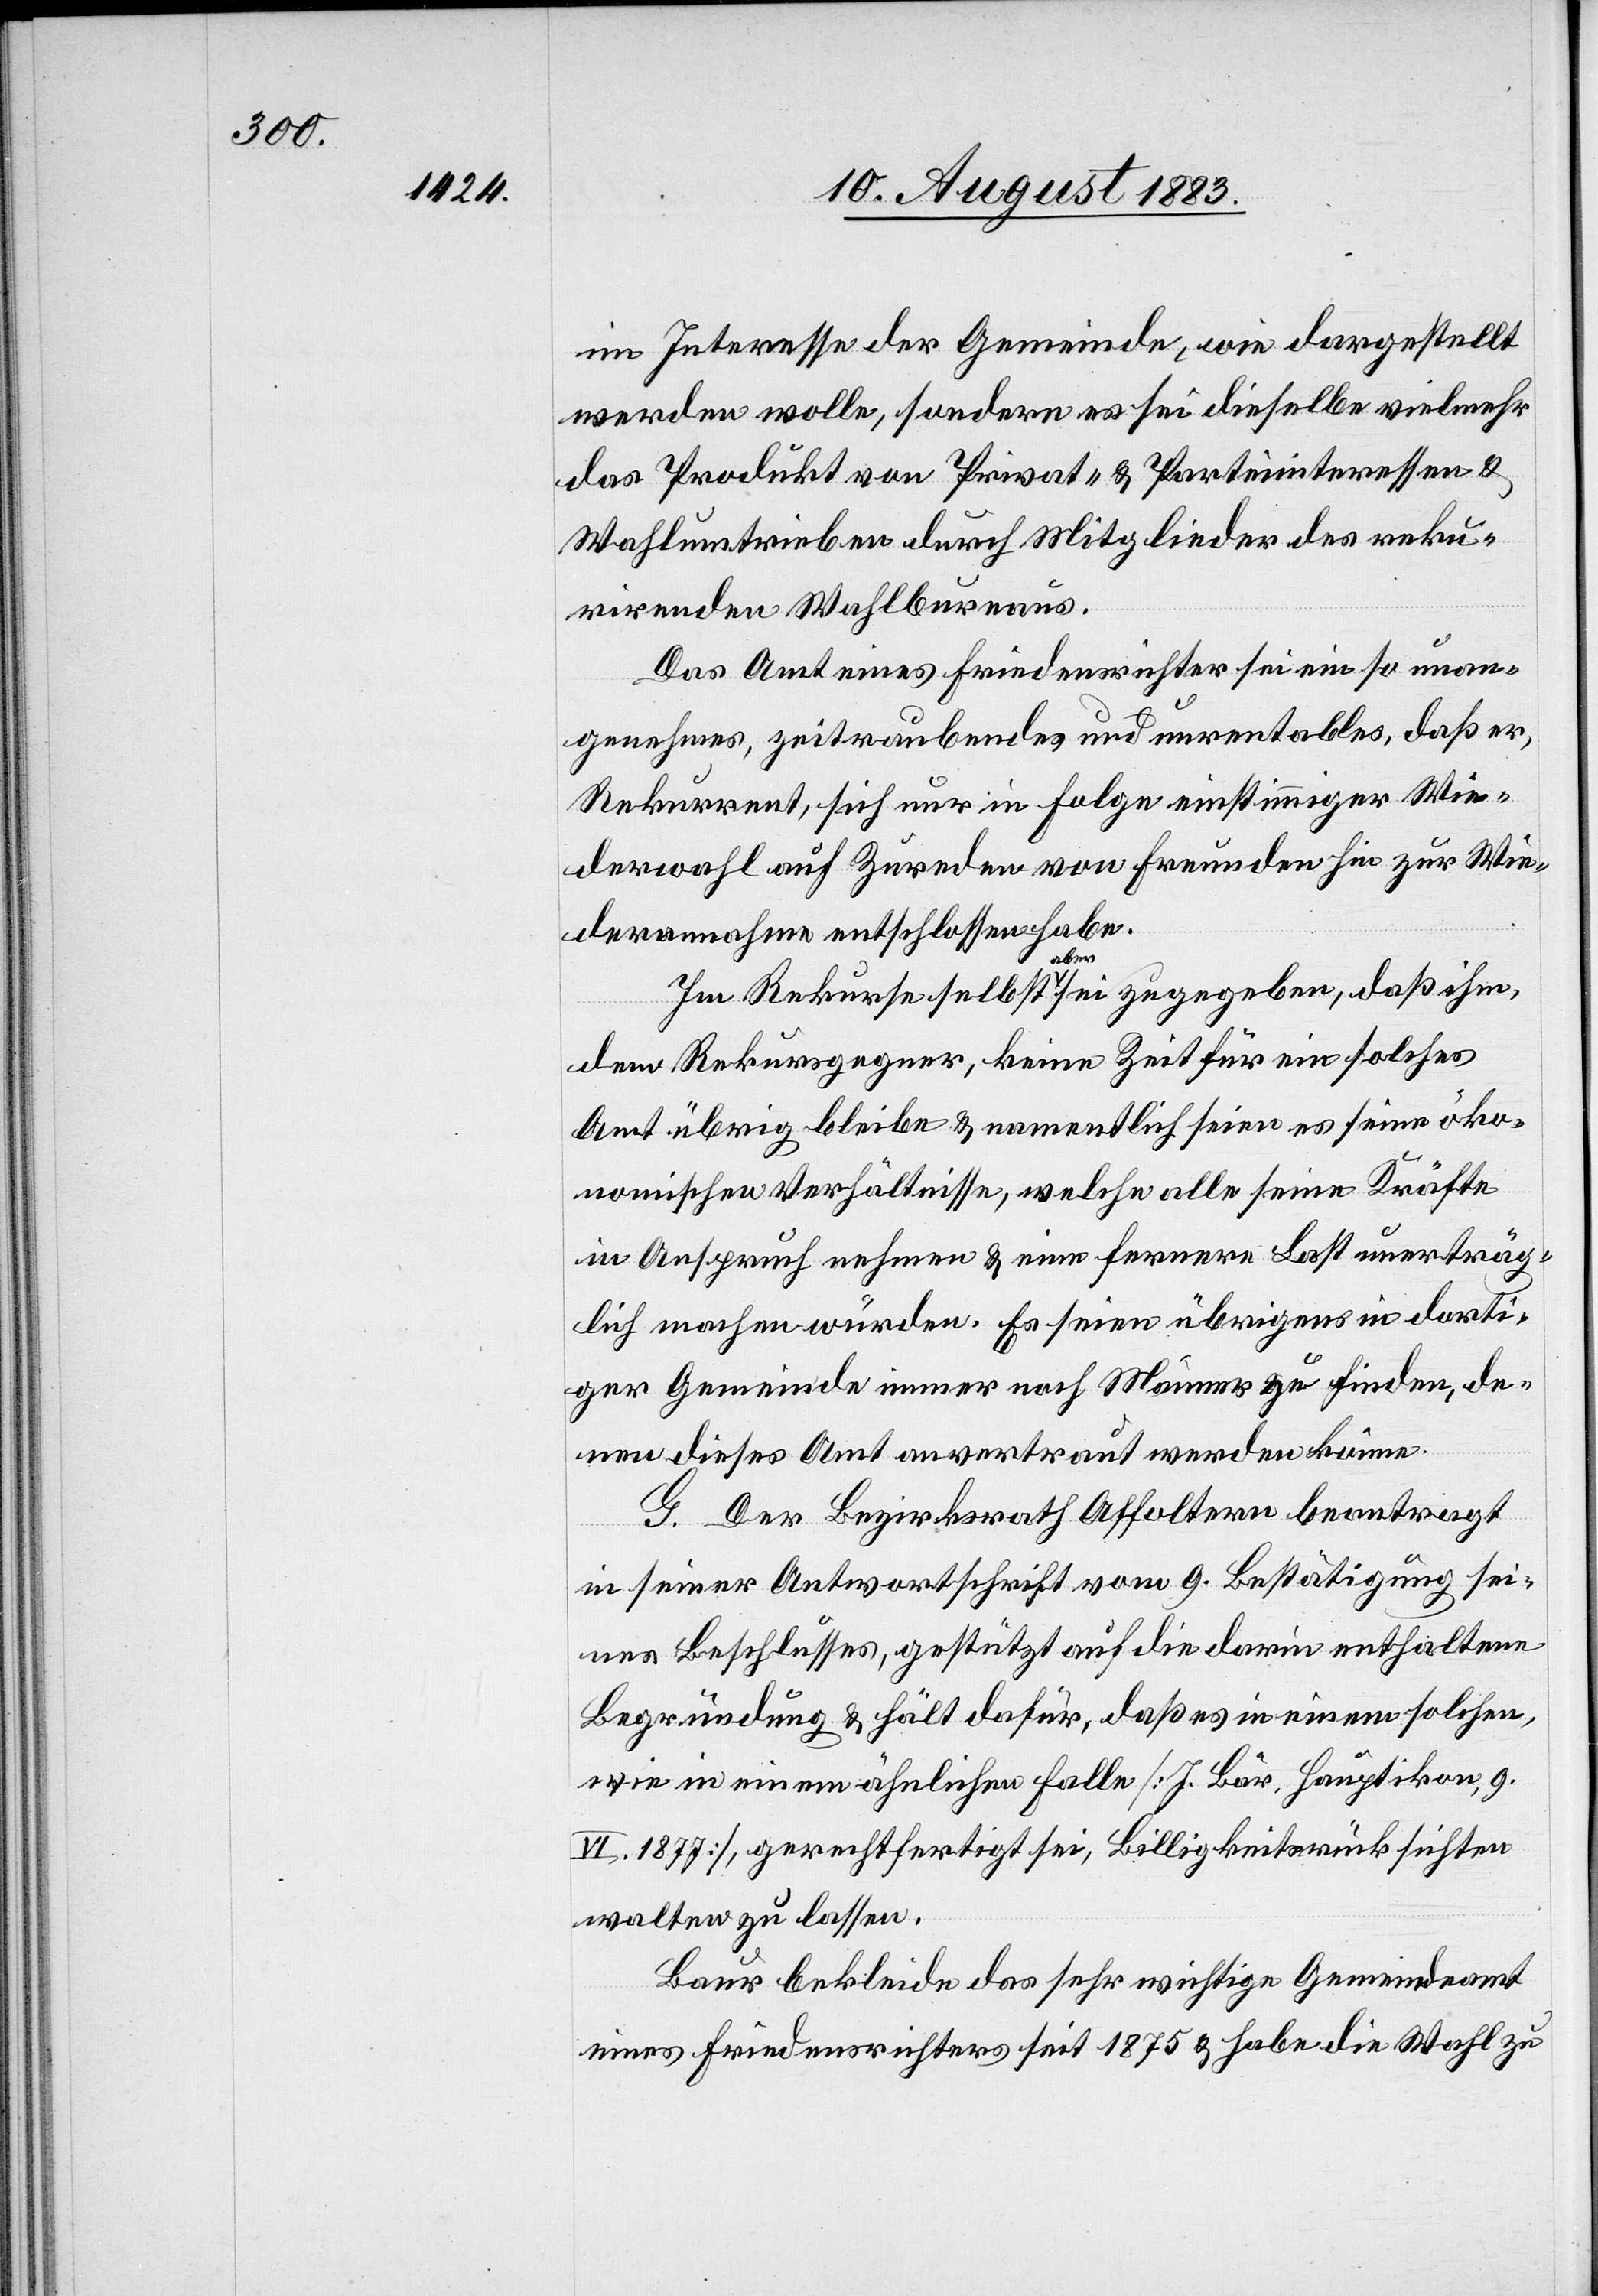
im Interesse der Gemeinde, wie dargestellt
werden wolle, sondern es sei dieselbe vielmehr
das Produkt von Privat- & Parteiinteressen &
Wahlumtrieben durch Mitglieder des rekur¬
rirenden Wahlbureaus.
Das Amt eines Friedensrichter sei ein so unan¬
genehmes, zeitraubendes und unrentables, daß er,
Rekurrent, sich nur in Folge einstimmiger Wie¬
derwahl auf Zureden von Freunden hin zur Wie¬
derannahme entschlossen habe.
Im Rekurse selbst aber sei zugegeben, daß ihm,
dem Rekursgegner, keine Zeit für ein solches
Amt übrig bleibe & namentlich seien es seine öko¬
nomischen Verhältnisse, welche alle seine Kräfte
in Anspruch nehmen & eine fernere Last unerträg¬
lich machen würden. Es seien übrigens in dorti¬
ger Gemeinde immer noch Männer zu finden, de¬
nen dieses Amt anvertraut werden könne.
G. Der Bezirksrath Affoltern beantragt
in seiner Antwortschrift vom 9. Bestätigung sei¬
nes Beschlusses, gestützt auf die darin enthaltene
Begründung & hält dafür, daß es in einem solchen,
wie in einem ähnlichen Falle [J. Bär, Hauptikon, 9.
VI. 1877], gerechtfertigt sei, Billigkeitsrücksichten
walten zu lassen.
Baur bekleide das sehr wichtige Gemeindeamt
eines Friedensrichters seit 1875 & habe die Wahl zu